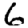
Digit: 6